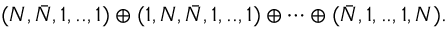
( N , \bar { N } , 1 , . . , 1 ) \oplus ( 1 , N , \bar { N } , 1 , . . , 1 ) \oplus \cdots \oplus ( \bar { N } , 1 , . . , 1 , N ) .